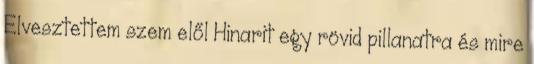
Elvesztettem szem elől Hinarit egy rövid pillanatra és mire